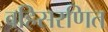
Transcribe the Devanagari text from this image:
बहिसरणित